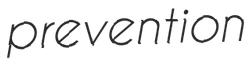
prevention